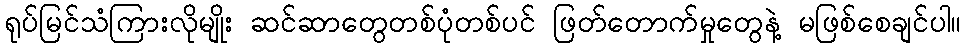
ရုပ်မြင်သံကြားလိုမျိုး ဆင်ဆာတွေတစ်ပုံတစ်ပင် ဖြတ်တောက်မှုတွေနဲ့ မဖြစ်စေချင်ပါ။